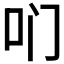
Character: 𫩖